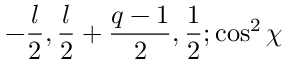
- { \frac { l } { 2 } } , { \frac { l } { 2 } } + { \frac { q - 1 } { 2 } } , { \frac { 1 } { 2 } } ; \cos ^ { 2 } \chi